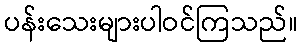
ပန်းသေးများပါဝင်ကြသည်။